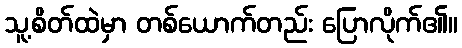
သူ့စိတ်ထဲမှာ တစ်ယောက်တည်း ပြောလိုက်၏။